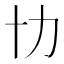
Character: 㔹